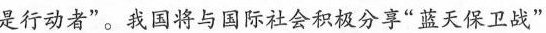
是行动者”。我国将与国际社会积极分享”蓝天保卫战”